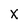
Character: X